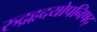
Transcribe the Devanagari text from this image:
रुद्रहृदयोपनिषद्